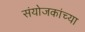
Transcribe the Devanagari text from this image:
संयोजकांच्या